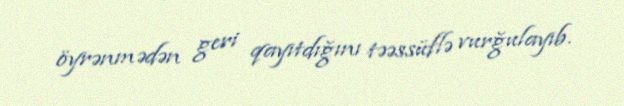
öyrənmədən geri qayıtdığını təəssüflə vurğulayıb.